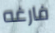
فارغه